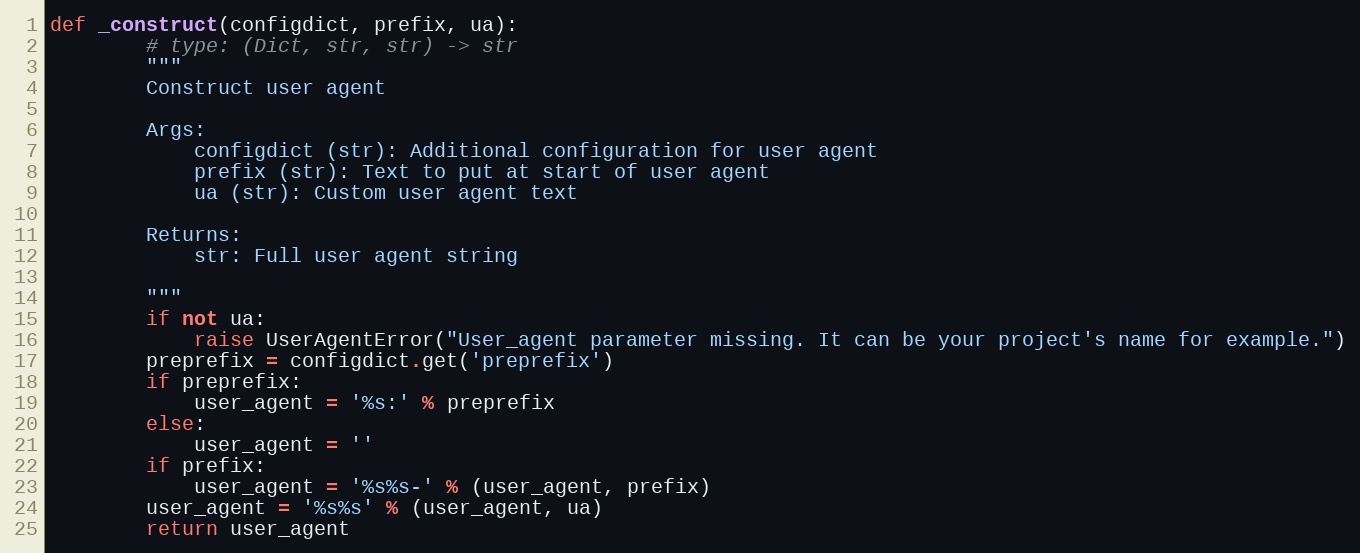
Language: Python
def _construct(configdict, prefix, ua):
        # type: (Dict, str, str) -> str
        """
        Construct user agent

        Args:
            configdict (str): Additional configuration for user agent
            prefix (str): Text to put at start of user agent
            ua (str): Custom user agent text

        Returns:
            str: Full user agent string

        """
        if not ua:
            raise UserAgentError("User_agent parameter missing. It can be your project's name for example.")
        preprefix = configdict.get('preprefix')
        if preprefix:
            user_agent = '%s:' % preprefix
        else:
            user_agent = ''
        if prefix:
            user_agent = '%s%s-' % (user_agent, prefix)
        user_agent = '%s%s' % (user_agent, ua)
        return user_agent